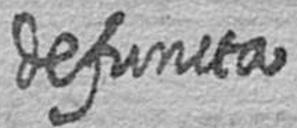
defuncta